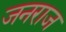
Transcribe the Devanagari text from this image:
जनराज